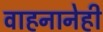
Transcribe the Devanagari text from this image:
वाहनानेही